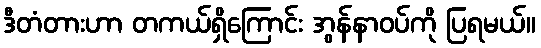
ဒီတံတားဟာ တကယ်ရှိကြောင်း အွန်နာဝပ်ကို ပြရမယ်။